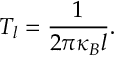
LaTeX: T _ { l } = \frac { 1 } { 2 \pi \kappa _ { B } l } .